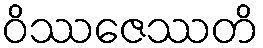
ဝိဿဇေဿတိ